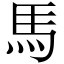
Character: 馬